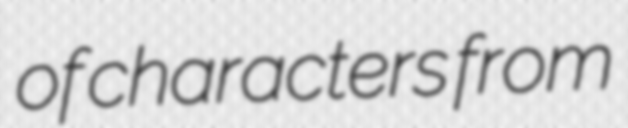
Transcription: of characters from